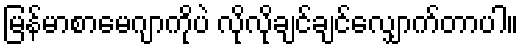
မြန်မာစာမေဂျာကိုပဲ လိုလိုချင်ချင်လျှောက်တာပါ။